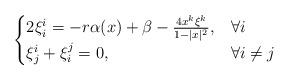
LaTeX: \begin{align*} \begin{cases} 2\xi^i_i=-r\alpha(x)+\beta-\frac{4x^k\xi^k}{1-|x|^2}, & \forall i\\ \xi^i_j+\xi^j_i=0, & \forall i\not=j \end{cases} \end{align*}